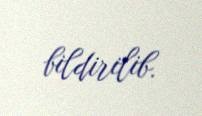
bildirilib.